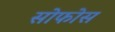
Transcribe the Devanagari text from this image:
सोफोस